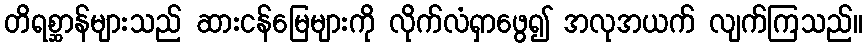
တိရစ္ဆာန်များသည် ဆားငန်မြေများကို လိုက်လံရှာဖွေ၍ အလုအယက် လျက်ကြသည်။